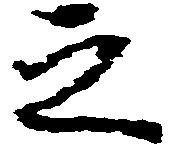
之